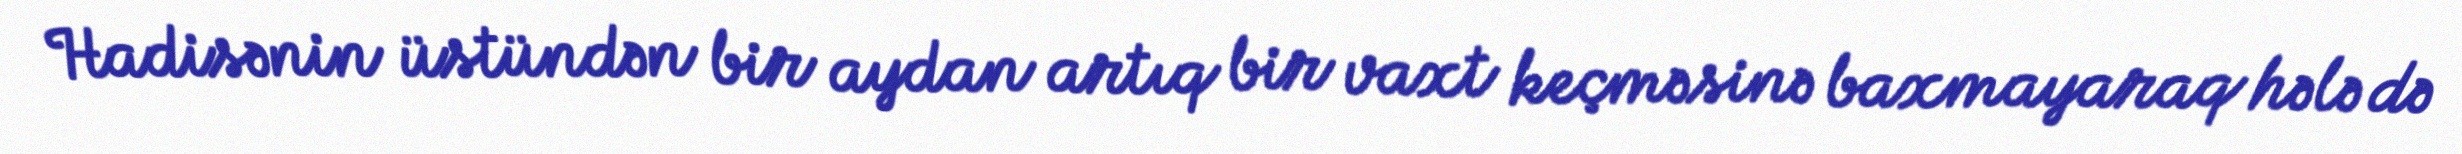
Hadisənin üstündən bir aydan artıq bir vaxt keçməsinə baxmayaraq hələ də